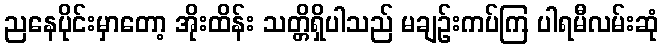
ညနေပိုင်းမှာတော့ အိုးထိန်း သတ္တိရှိပါသည် မချဉ်းကပ်ကြ ပါရမီလမ်းဆုံ